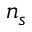
n _ { s }